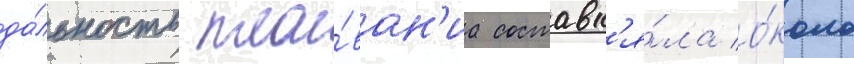
да́льность пла́ван'иа составл'я́ла о́коло